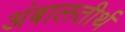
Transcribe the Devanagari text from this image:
अंबालतीर्थ